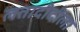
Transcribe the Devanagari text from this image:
लतादीदीला